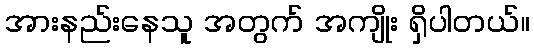
အားနည်းနေသူ အတွက် အကျိုး ရှိပါတယ်။